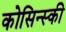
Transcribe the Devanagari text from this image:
कोसिन्स्की